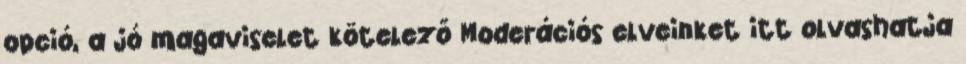
opció, a jó magaviselet kötelező Moderációs elveinket itt olvashatja